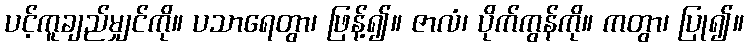
ပင့်ကူချည်မျှင်ကို။ ပသာရေတွာ၊ ဖြန့်၍။ ဇာလံ၊ ပိုက်ကွန်ကို။ ကတွာ၊ ပြု၍။